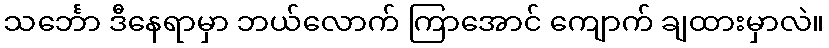
သင်္ဘော ဒီနေရာမှာ ဘယ်လောက် ကြာအောင် ကျောက် ချထားမှာလဲ။